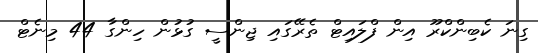
ގިނަ ކެބިންކްރޫ އިން ފްލައިޓް ތެރޭގައި ޖިންސީ ގުޅުން ހިންގާ 44 މިނެޓް